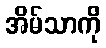
အိမ်သာကို